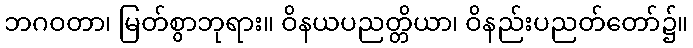
ဘဂဝတာ၊ မြတ်စွာဘုရား။ ဝိနယပညတ္တိယာ၊ ဝိနည်းပညတ်တော်၌။